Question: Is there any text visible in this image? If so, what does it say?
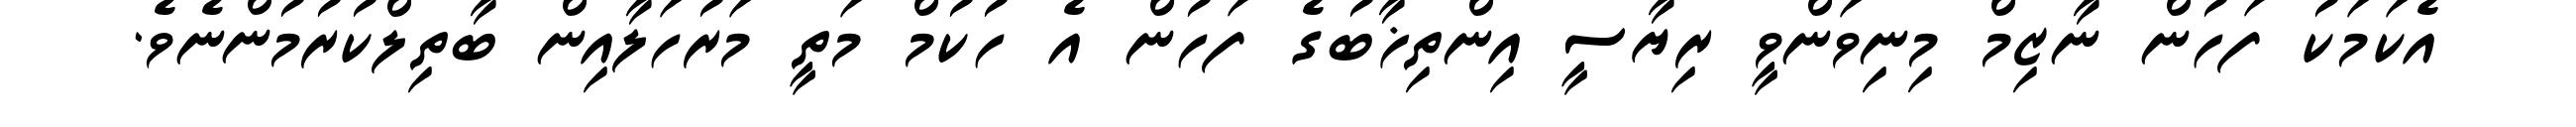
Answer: އެކަމަކު ފަހުން ނާޒިމް މިނިވަންވީ ރިޔާސީ އިންތިޚާބުގެ ފަހުން އެ ހުކުމް މަތީ މަރުހަލާއިން ބާތިލްކުރުމުންނެވެ.